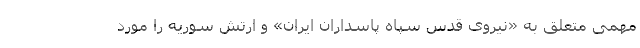
مهمی متعلق به «نیروی قدس سپاه پاسداران ایران» و ارتش سوریه را مورد